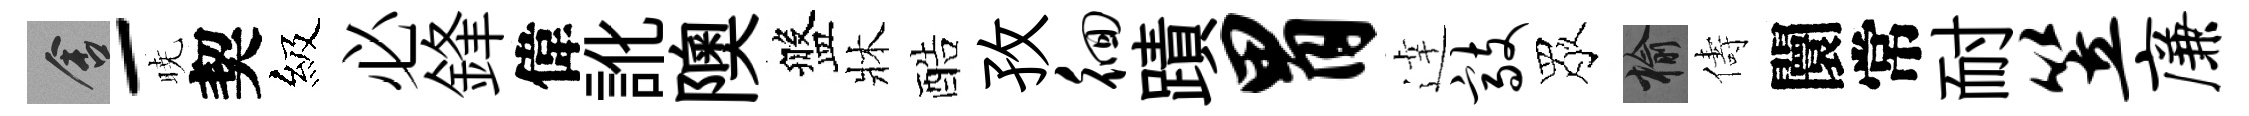
舍-暁契級必鋒偉訛隩盤牀酷孜徊蹟胃逹敲眾榆儔闤常耐笠廉